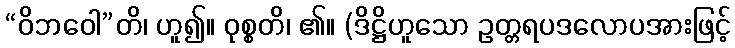
“ဝိဘဝေါ”တိ၊ ဟူ၍။ ဝုစ္စတိ၊ ၏။ (ဒိဋ္ဌိဟူသော ဥတ္တရပဒလောပအားဖြင့်